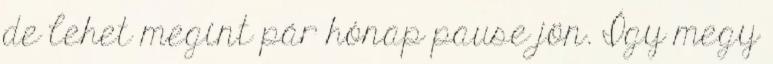
de lehet megint pár hónap pause jön. Így megy